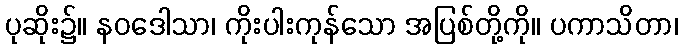
ပုဆိုး၌။ နဝဒေါသာ၊ ကိုးပါးကုန်သော အပြစ်တို့ကို။ ပကာသိတာ၊